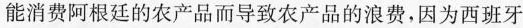
能消费阿根廷的农产品而导致农产品的浪费，因为西班牙